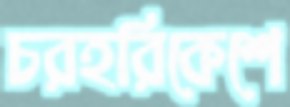
চরহরিকেশে